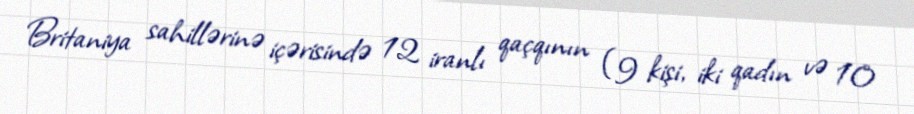
Britaniya sahillərinə içərisində 12 iranlı qaçqının (9 kişi, iki qadın və 10